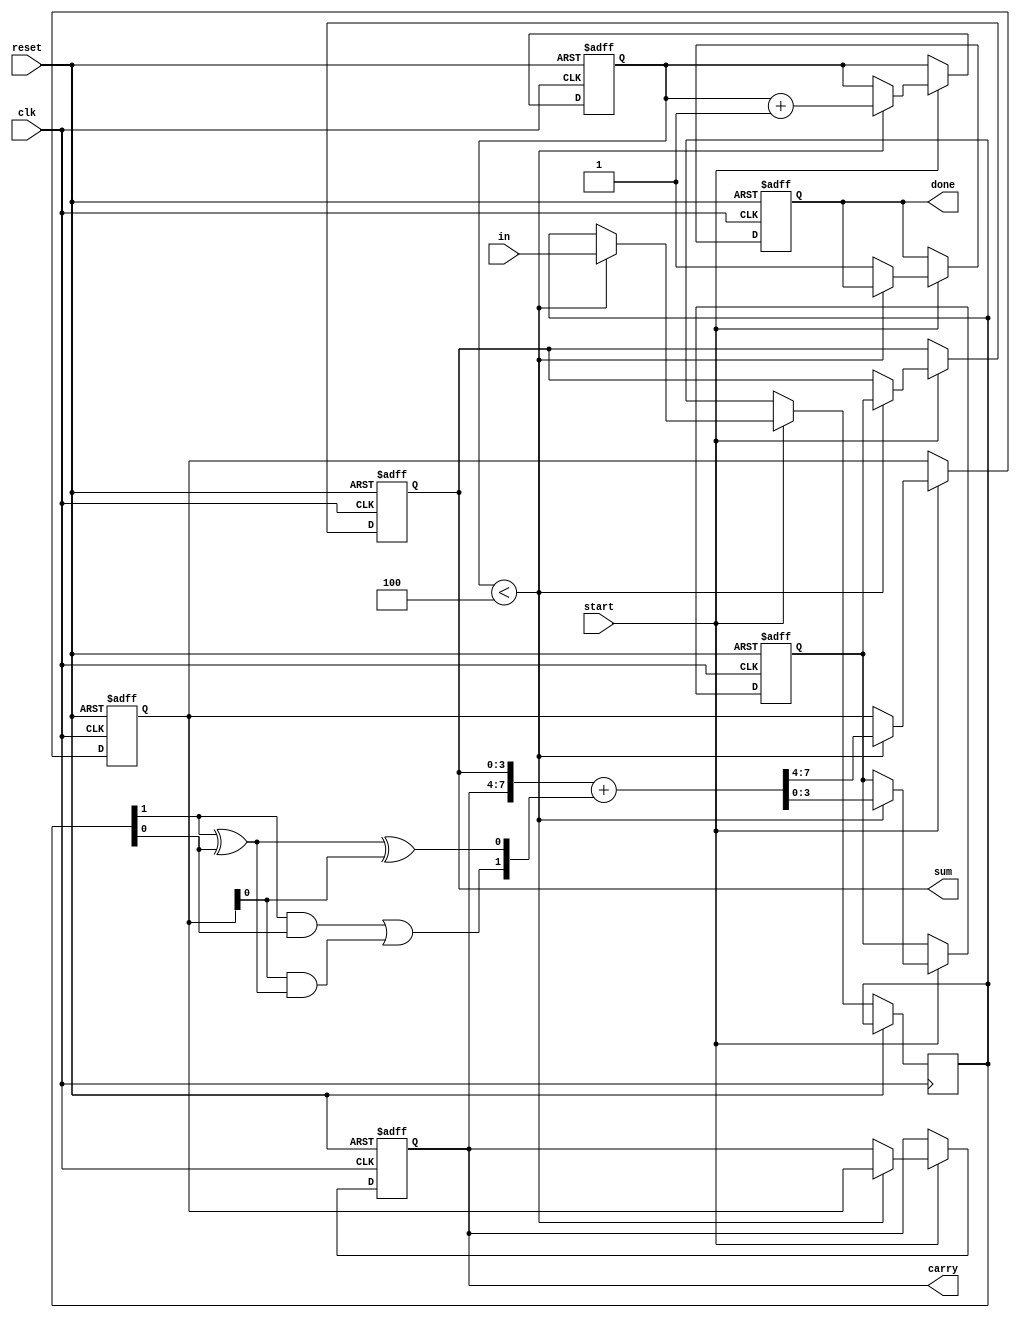
module CarrySaveAdder(
    input wire clk,          // Clock signal
    input wire reset,        // Reset signal
    input wire start,        // Start signal to begin addition
    input wire [1:0] in,     // Serial input: 2 bits (two operands)
    output reg [3:0] sum,    // Sum output
    output reg [3:0] carry,  // Carry output
    output reg done          // Done signal indicating completion
);

    reg [2:0] bit_count;     // Count number of bits processed
    reg [1:0] current_in;    // Current input bits
    reg [3:0] sum_temp;      // Temporary sum storage
    reg [3:0] carry_temp;    // Temporary carry storage

    // Full adder logic
    function [1:0] full_adder(
        input wire a,          // First input bit
        input wire b,          // Second input bit
        input wire c           // Carry input
    );
        begin
            full_adder[0] = a ^ b ^ c; // Sum output
            full_adder[1] = (a & b) | (c & (a ^ b)); // Carry output
        end
    endfunction

    // Sequential processing
    always @(posedge clk or posedge reset) begin
        if (reset) begin
            sum <= 0;
            carry <= 0;
            bit_count <= 0;
            done <= 0;
            sum_temp <= 0;
            carry_temp <= 0;
        end else if (start) begin
            if (bit_count < 4) begin // Assuming we are adding 4 bits
                current_in <= in;
                {carry_temp, sum_temp} <= {carry, sum} + full_adder(current_in[1], current_in[0], carry_temp[0]);
                sum <= sum_temp;
                carry <= carry_temp;
                bit_count <= bit_count + 1;
            end else begin
                done <= 1; // Indicate that the addition is complete
            end
        end
    end
endmodule